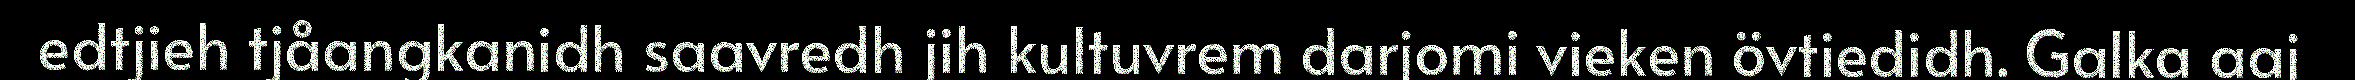
edtjieh tjåangkanidh saavredh jih kultuvrem darjomi vieken övtiedidh. Galka aaj